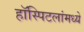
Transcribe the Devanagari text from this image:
हॉस्पिटलांमध्ये